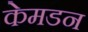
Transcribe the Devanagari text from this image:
केमडन